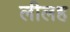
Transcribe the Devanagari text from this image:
लीलह